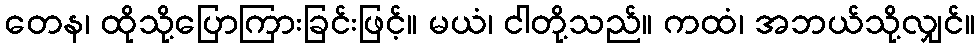
တေန၊ ထိုသို့ပြောကြားခြင်းဖြင့်။ မယံ၊ ငါတို့သည်။ ကထံ၊ အဘယ်သို့လျှင်။